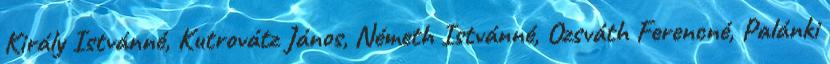
Király Istvánné, Kutrovátz János, Németh Istvánné, Ozsváth Ferencné, Palánki